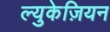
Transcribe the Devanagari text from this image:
ल्युकेज़ियन